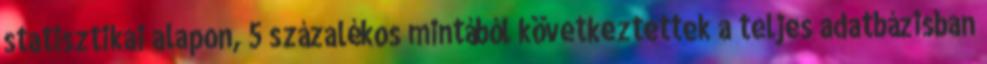
statisztikai alapon, 5 százalékos mintából következtettek a teljes adatbázisban